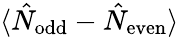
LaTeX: \langle\hat{N}_{\mathrm{odd}}-\hat{N}_{\mathrm{even}}\rangle